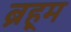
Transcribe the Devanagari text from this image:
ब्रह्‌म